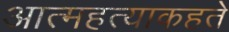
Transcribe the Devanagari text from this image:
आत्महत्याकहते